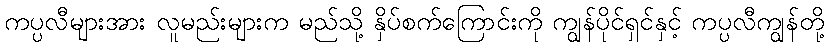
ကပ္ပလီများအား လူမည်းများက မည်သို့ နှိပ်စက်ကြောင်းကို ကျွန်ပိုင်ရှင်နှင့် ကပ္ပလီကျွန်တို့